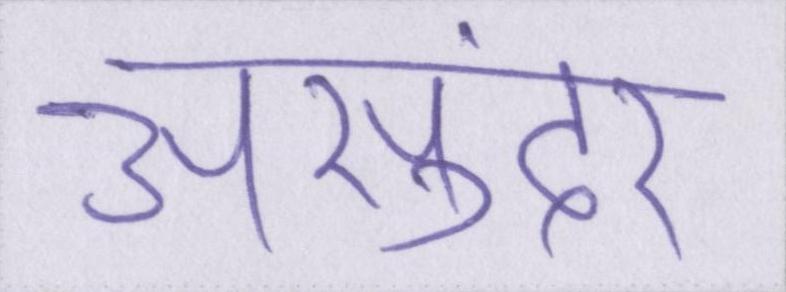
असुंदर